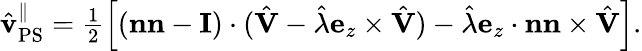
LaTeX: \begin{array}{r}{\hat{\mathbf{v}}_{\mathrm{PS}}^{\| }=\frac{1}{2}\left[(\mathbf{nn}-\mathbf{I})\cdot(\hat{\mathbf{V}}-\hat{\lambda}\mathbf{e}_{z}\times\hat{\mathbf{V}})-\hat{\lambda}\mathbf{e}_{z}\cdot\mathbf{n}\mathbf{n}\times\hat{\mathbf{V}}\right].}\end{array}